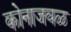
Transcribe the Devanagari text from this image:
कोनाजवळ